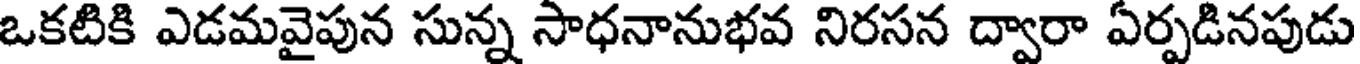
ఒకటికి ఎడమవైపున సున్న సాధనానుభవ నిరసన ద్వారా ఏర్పడినపుడు